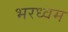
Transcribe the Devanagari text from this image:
भरध्वम